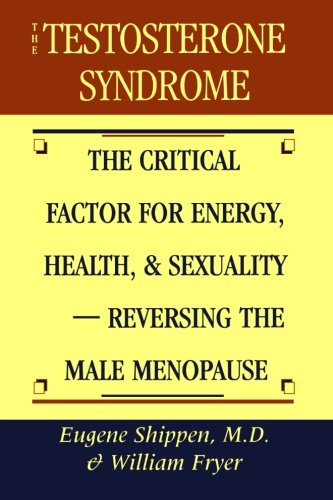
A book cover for The Testosterone Syndrome: The Critical Factor for Energy, Health, and SexualityReversing the Male Menopause; Eugene Shippen M.D.; Health, Fitness & Dieting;